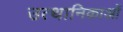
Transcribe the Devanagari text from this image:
उत्थानिकाओं